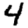
Digit: 4